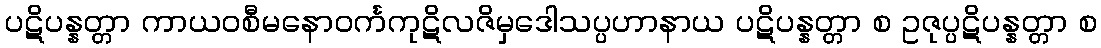
ပဋိပန္နတ္တာ ကာယဝစီမနောဝင်္ကကုဋိလဇိမှဒေါသပ္ပဟာနာယ ပဋိပန္နတ္တာ စ ဥဇုပ္ပဋိပန္နတ္တာ စ